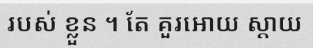
របស់ ខ្លួន ។ តែ គួរអោយ ស្តាយ